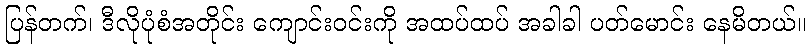
ပြန်တက်၊ ဒီလိုပုံစံအတိုင်း ကျောင်းဝင်းကို အထပ်ထပ် အခါခါ ပတ်မောင်း နေမိတယ်။